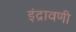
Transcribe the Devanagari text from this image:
इंद्रावणी